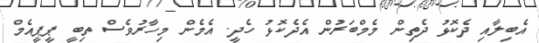
އެބިލާއި ދެކޮޅު ދެތިން މެމްބަރުން އެދެކޮޅު ހެދީ. އެމެން މިހާރުވެސް ތިބީ ޕީޕީއެމް